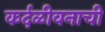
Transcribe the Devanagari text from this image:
कर्दळीवनाची